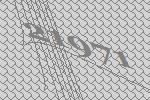
21971